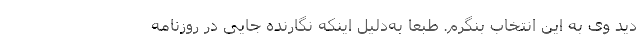
دید وی به این انتخاب بنگرم. طبعا به‌دلیل اینکه نگارنده جایی در روزنامه